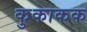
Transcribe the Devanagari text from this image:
कुकाकक